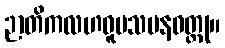
ဉာတိကလဟဝူပသမနဝတ္ထု။